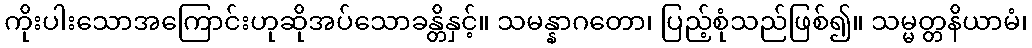
ကိုးပါးသောအကြောင်းဟုဆိုအပ်သောခန္တိနှင့်။ သမန္နာဂတော၊ ပြည့်စုံသည်ဖြစ်၍။ သမ္မတ္တနိယာမံ၊